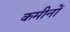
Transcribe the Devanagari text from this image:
कमीनों